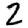
Digit: 2